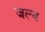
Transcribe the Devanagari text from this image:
जल्य